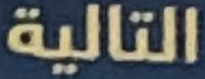
التالية